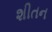
શીતન